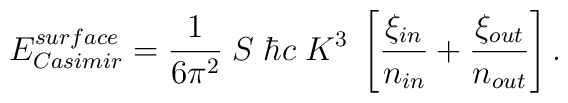
E^{\small surface}_{\small Casimir} = {1\over6\pi^2} \; S \; \hbar c \; K^3 \;  \left[ {\xi_{\small in }\over n_{\small in }} +        {\xi_{\small out}\over n_{\small out}} \right].